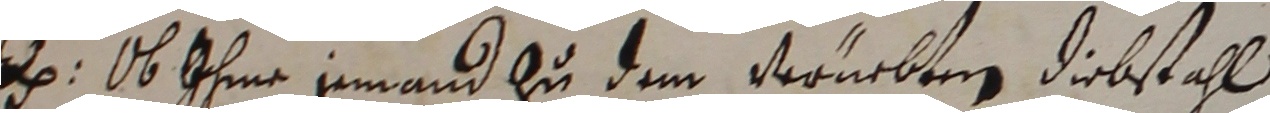
e ob ihme jemand zu dem vernebten diebstahl